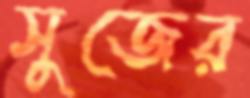
সুজের